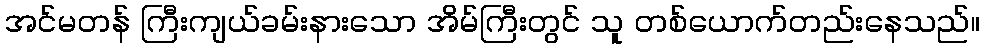
အင်မတန် ကြီးကျယ်ခမ်းနားသော အိမ်ကြီးတွင် သူ တစ်ယောက်တည်းနေသည်။